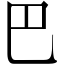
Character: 巴